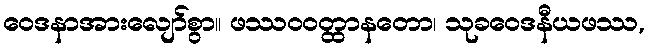
ဝေဒနာအားလျော်စွာ။ ဖဿဝဝတ္ထာနတော၊ သုခဝေဒနီယဖဿ,